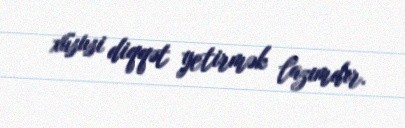
xüsusi diqqət yetirmək lazımdır.